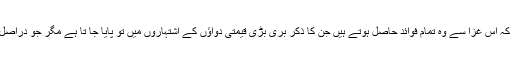
مختصر الفاظ میں یوں کہنا چاہیے کہ اس غزا سے وہ تمام فوائد حاصل ہوتے ہیں جن کا ذکر بری بڑی قیمتی دواﺅں کے اشتہاروں میں تو پایا جا تا ہے مگر جو دراصل کسی دوا سے حاصل نہیں ہوتے ۔